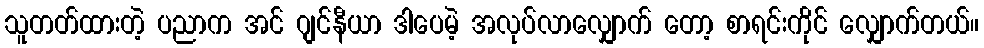
သူတတ်ထားတဲ့ ပညာက အင် ဂျင်နီယာ ဒါပေမဲ့ အလုပ်လာလျှောက် တော့ စာရင်းကိုင် လျှောက်တယ်။